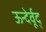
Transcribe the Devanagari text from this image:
ऊन्देर्वूद्